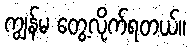
ကျွန်မ တွေ့လိုက်ရတယ်။